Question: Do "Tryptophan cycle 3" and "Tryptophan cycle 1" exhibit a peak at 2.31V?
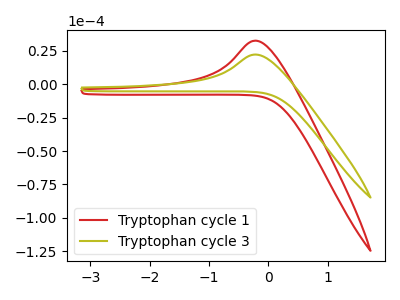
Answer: <think>The red curve "Tryptophan cycle 1" has an anodic peak at: (-0.20V, 32.45uA). The olive curve "Tryptophan cycle 3" has an anodic peak at: (-0.20V, 22.10uA).</think>
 <answer>No, "Tryptophan cycle 3" and "Tryptophan cycle 1" dont share a peak at 2.31V.</answer>
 <eval>mismatch</eval>